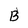
Character: B